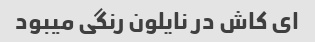
ای کاش در نایلون رنگی میبود